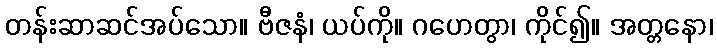
တန်းဆာဆင်အပ်သော။ ဗီဇနံ၊ ယပ်ကို။ ဂဟေတွာ၊ ကိုင်၍။ အတ္တနော၊